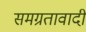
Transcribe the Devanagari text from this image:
समग्रतावादी